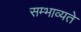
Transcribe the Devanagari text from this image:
सम्भाव्यते